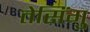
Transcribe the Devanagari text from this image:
तेसिंगु